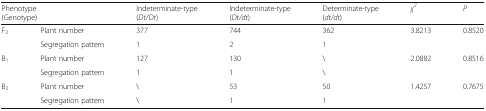
<table><thead><tr><td colspan="2"><b>Phenotype(Genotype)</b></td><td><b>Indeterminate-type(<i>Dt/Dt</i>)</b></td><td><b>Indeterminate-type(<i>Dt/dt</i>)</b></td><td><b>Determinate-type(<i>dt/dt</i>)</b></td><td><b><i>χ</i><sup><i>2</i></sup></b></td><td><b><i>P</i></b></td></tr></thead><tbody><tr><td rowspan="2">F<sub>2</sub></td><td>Plant number</td><td>377</td><td>744</td><td>362</td><td rowspan="2">3.8213</td><td rowspan="2">0.8520</td></tr><tr><td>Segregation pattern</td><td>1</td><td>2</td><td>1</td></tr><tr><td rowspan="2">B<sub>1</sub></td><td>Plant number</td><td>127</td><td>130</td><td>\</td><td rowspan="2">2.0882</td><td rowspan="2">0.8516</td></tr><tr><td>Segregation pattern</td><td>1</td><td>1</td><td>\</td></tr><tr><td rowspan="2">B<sub>2</sub></td><td>Plant number</td><td>\</td><td>53</td><td>50</td><td rowspan="2">1.4257</td><td rowspan="2">0.7675</td></tr><tr><td>Segregation pattern</td><td>\</td><td>1</td><td>1</td></tr></tbody></table>